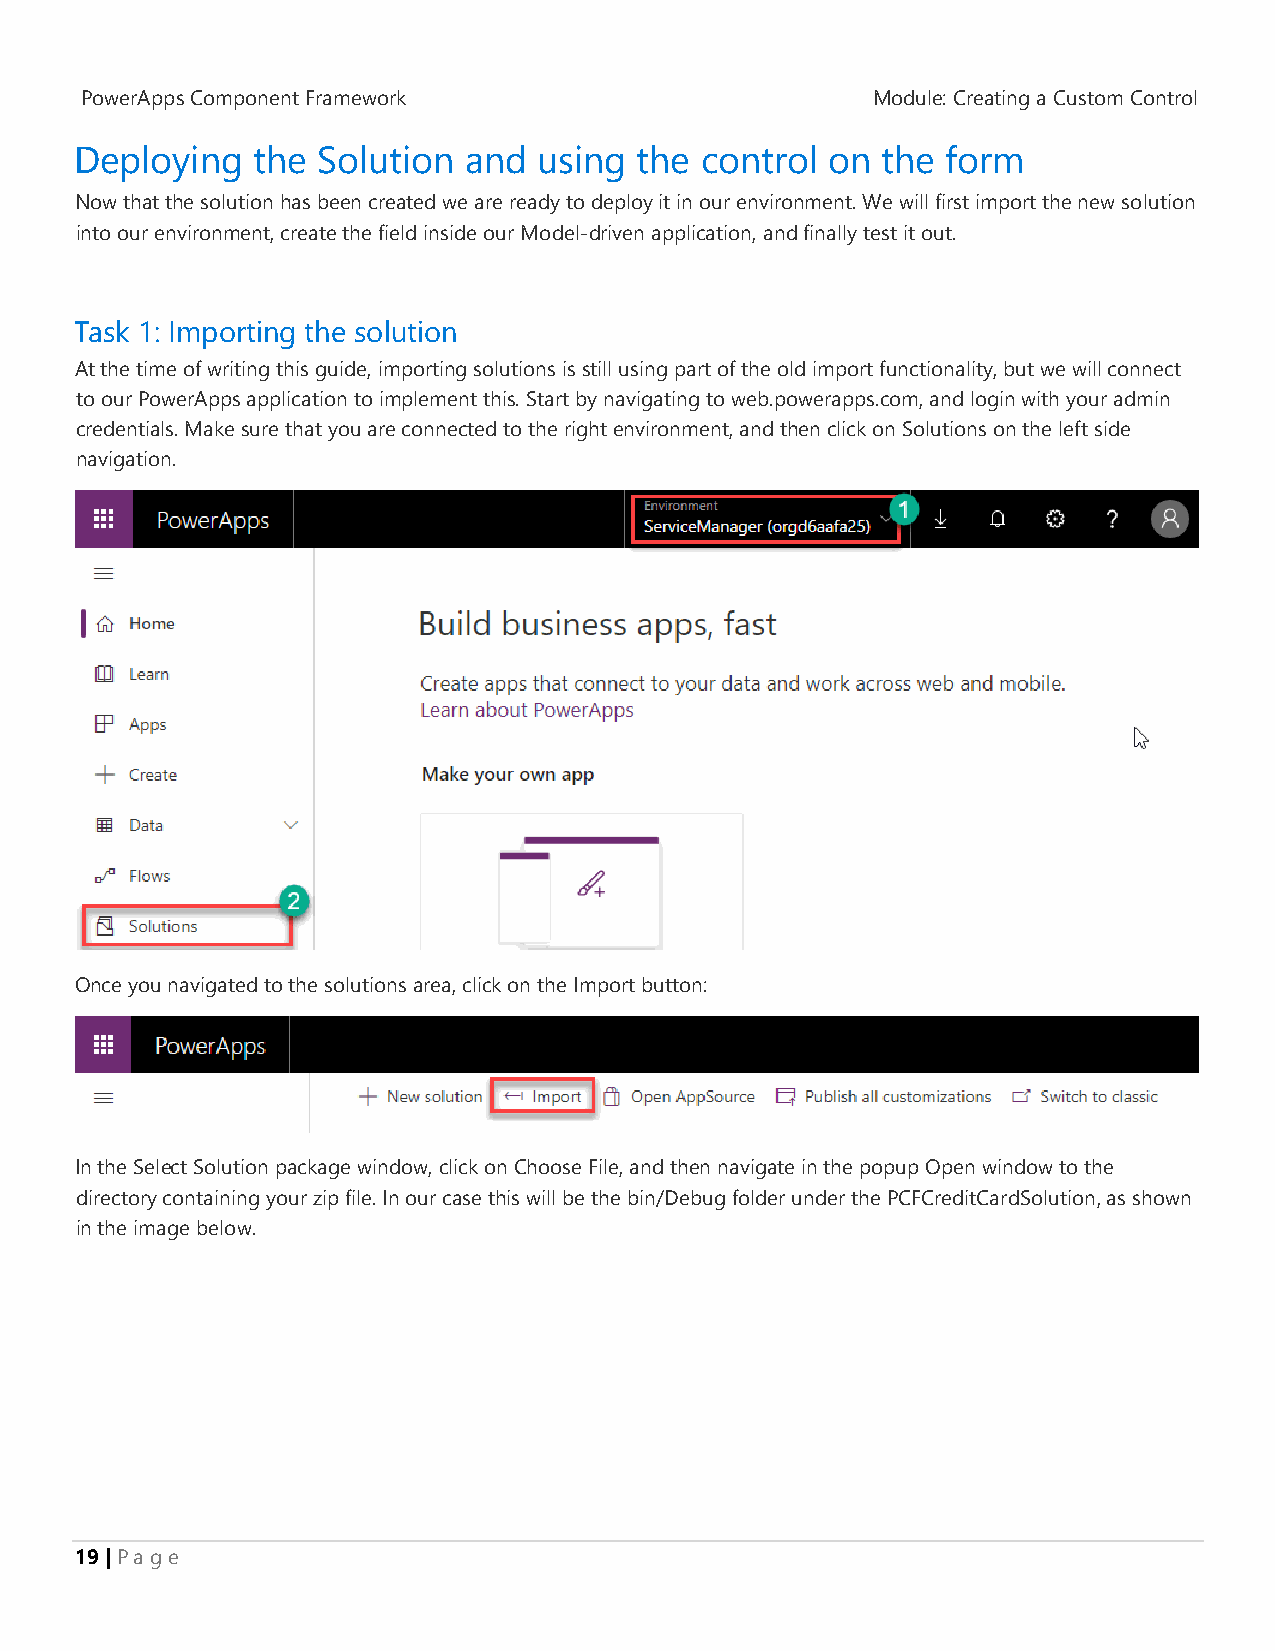
PowerApps Component Framework                        Module: Creating a Custom Control
 Deploying   the Solution  and  using the control  on the  form
 Now that the solution has been created we are ready to deploy it in our environment. We will first import the new solution
 into our environment, create the field inside our Model-driven application, and finally test it out.
 Task 1: Importing the solution
 At the time of writing this guide, importing solutions is still using part of the old import functionality, but we will connect
 to our PowerApps application to implement this. Start by navigating to web.powerapps.com, and login with your admin
 credentials. Make sure that you are connected to the right environment, and then click on Solutions on the left side
 navigation.
 Once you navigated to the solutions area, click on the Import button:
 In the Select Solution package window, click on Choose File, and then navigate in the popup Open window to the
 directory containing your zip file. In our case this will be the bin/Debug folder under the PCFCreditCardSolution, as shown
 in the image below.
 19 | P a g e